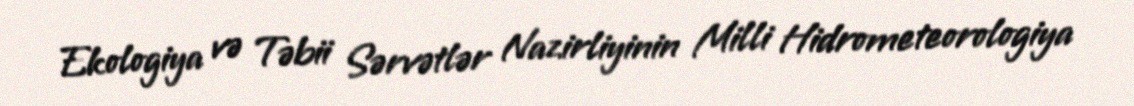
Ekologiya və Təbii Sərvətlər Nazirliyinin Milli Hidrometeorologiya